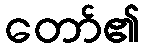
တော်၏